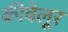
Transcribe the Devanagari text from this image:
कीबेलूर